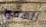
الهمج